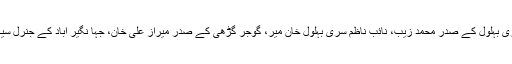
اس موقع پر یو سی دامن کوہ کے صدر حارث خان ، سری بہلول کے صدر محمد زیب، نائب ناظم سری بہلول خان میر، گوجر گڑھی کے صدر میراز علی خان، جہا نگیر آباد کے جنرل سیکرٹری واجد علی اور آمین خان خٹک بھی مو جود تھے۔